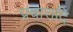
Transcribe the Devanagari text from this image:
प्रचारादि